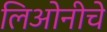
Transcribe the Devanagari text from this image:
लिओनीचे